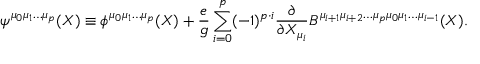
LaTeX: \psi ^ { \mu _ { 0 } \mu _ { 1 } \ldots \mu _ { p } } ( X ) \equiv \phi ^ { \mu _ { 0 } \mu _ { 1 } \ldots \mu _ { p } } ( X ) + \frac { e } { g } \sum _ { i = 0 } ^ { p } ( - 1 ) ^ { p \cdot i } \frac { \partial } { \partial X _ { \mu _ { i } } } B ^ { \mu _ { i + 1 } \mu _ { i + 2 } \ldots \mu _ { p } \mu _ { 0 } \mu _ { 1 } \ldots \mu _ { i - 1 } } ( X ) .